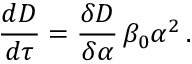
{ \frac { d D } { d \tau } } = { \frac { \delta D } { \delta \alpha } } \, \beta _ { 0 } \alpha ^ { 2 } \, .